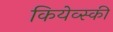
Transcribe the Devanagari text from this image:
कियेव्स्की